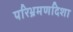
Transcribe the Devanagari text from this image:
परिभ्रमणदिशा